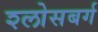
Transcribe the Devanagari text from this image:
श्लोसबर्ग